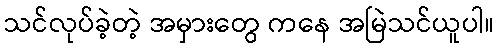
သင်လုပ်ခဲ့တဲ့ အမှားတွေ ကနေ အမြဲသင်ယူပါ။